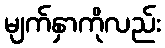
မျက်နှာကိုလည်း